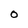
Character: 0